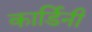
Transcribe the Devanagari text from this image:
कार्डिनी